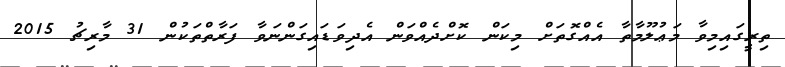
ތިރީގައިމިވާ މަޢުލޫމާތާ އެއްގޮތަށް މިކަން ކޮށްދެއްވަން އެދިވަޑައިގަންނަވާ ފަރާތްތަކުން 31 މާރިޗު 2015